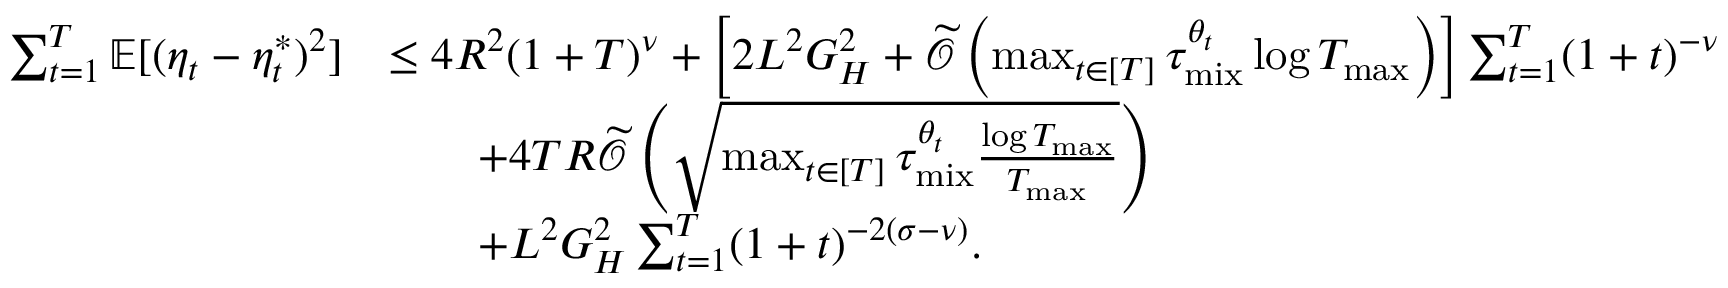
\begin{array} { r l } { \sum _ { t = 1 } ^ { T } \mathbb { E } [ ( \eta _ { t } - \eta _ { t } ^ { * } ) ^ { 2 } ] } & { \leq 4 R ^ { 2 } ( 1 + T ) ^ { \nu } + \left[ 2 L ^ { 2 } G _ { H } ^ { 2 } + \widetilde { \mathcal { O } } \left( \operatorname* { m a x } _ { t \in [ T ] } \tau _ { \mathrm { m i x } } ^ { \theta _ { t } } \log T _ { \operatorname* { m a x } } \right) \right] \sum _ { t = 1 } ^ { T } ( 1 + t ) ^ { - \nu } } \\ & { \qquad + 4 T R \widetilde { \mathcal { O } } \left( \sqrt { \operatorname* { m a x } _ { t \in [ T ] } \tau _ { \mathrm { m i x } } ^ { \theta _ { t } } \frac { \log T _ { \operatorname* { m a x } } } { T _ { \operatorname* { m a x } } } } \right) } \\ & { \qquad + L ^ { 2 } G _ { H } ^ { 2 } \sum _ { t = 1 } ^ { T } ( 1 + t ) ^ { - 2 ( \sigma - \nu ) } . } \end{array}